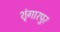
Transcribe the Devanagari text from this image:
शृंगारपुर